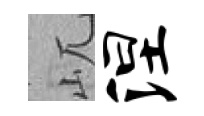
屼涅